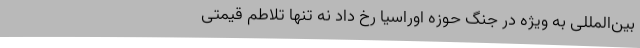
بین‌المللی به ویژه در جنگ حوزه اوراسیا رخ داد نه تنها تلاطم قیمتی